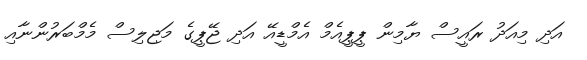
އަދި މިއަދު ރައީސް ޔާމިން ޕީޕީއެމް އެމްޑީއޭ އަދި ޖޭޕީގެ މަޖިލިސް މެމްބަރުންނާއި